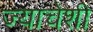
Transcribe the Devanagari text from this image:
ज्याचेशी